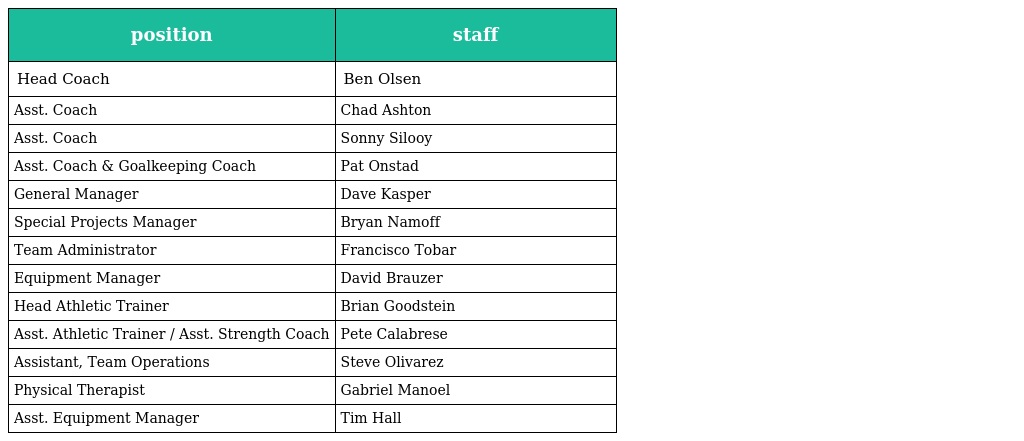
| position | staff |
 | --- | --- |
 | Head Coach | Ben Olsen |
 | Asst. Coach | Chad Ashton |
 | Asst. Coach | Sonny Silooy |
 | Asst. Coach & Goalkeeping Coach | Pat Onstad |
 | General Manager | Dave Kasper |
 | Special Projects Manager | Bryan Namoff |
 | Team Administrator | Francisco Tobar |
 | Equipment Manager | David Brauzer |
 | Head Athletic Trainer | Brian Goodstein |
 | Asst. Athletic Trainer / Asst. Strength Coach | Pete Calabrese |
 | Assistant, Team Operations | Steve Olivarez |
 | Physical Therapist | Gabriel Manoel |
 | Asst. Equipment Manager | Tim Hall |